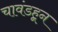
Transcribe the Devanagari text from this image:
चावंडहून